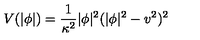
V ( | \phi | ) = \frac { 1 } { \kappa ^ { 2 } } | \phi | ^ { 2 } ( | \phi | ^ { 2 } - v ^ { 2 } ) ^ { 2 }